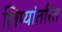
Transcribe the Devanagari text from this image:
लिप्यांतरित